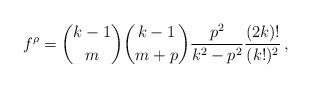
LaTeX: \begin{align*}f^\rho = {k-1 \choose m} {k-1 \choose m+p} {p^2 \over k^2 -p^2}{(2k)! \over (k!)^2}\, ,\end{align*}